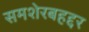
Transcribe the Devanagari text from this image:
समशेरबहद्दर